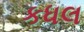
કધલ